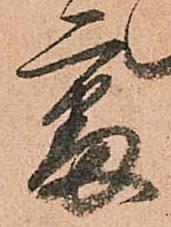
處